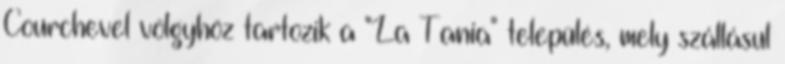
Courchevel völgyhöz tartozik a "La Tania" település, mely szállásul